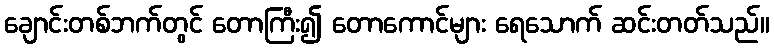
ချောင်းတစ်ဘက်တွင် တောကြီး၍ တောကောင်များ ရေသောက် ဆင်းတတ်သည်။